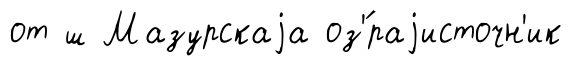
от ш Мазурскаjа оз'́раjисточн'ик